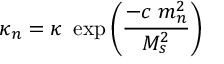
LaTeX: \kappa _ { n } = \kappa ~ \exp \left( \frac { - c ~ m _ { n } ^ { 2 } } { M _ { s } ^ { 2 } } \right)